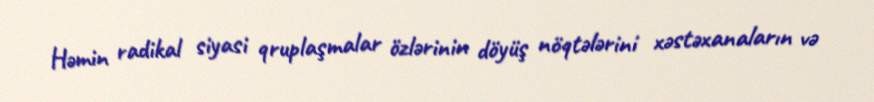
Həmin radikal siyasi qruplaşmalar özlərinin döyüş nöqtələrini xəstəxanaların və